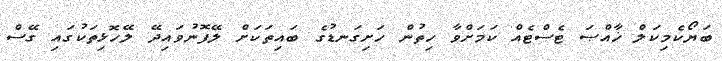
ބަޔޯކެމިކަލް ޚާއްޞަ ޓެސްޓެއް ކަމަށްވާ ހިތުން ހަށިގަނޑުގެ ބައިތަކަށް ލޭފޮނުވައިދޭ ލޭހޮޅިތަކުގައި ގޭސް